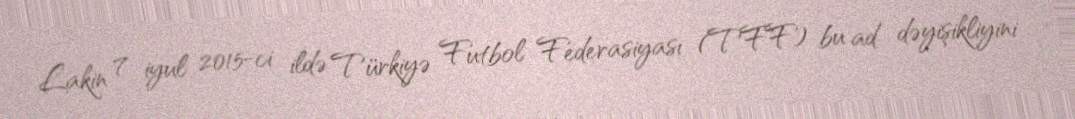
Lakin 7 iyul 2015-ci ildə Türkiyə Futbol Federasiyası (TFF) bu ad dəyişikliyini